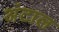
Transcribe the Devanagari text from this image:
अंटाल